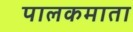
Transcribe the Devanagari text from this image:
पालकमाता